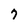
Character: 7